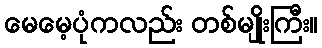
မေမေ့ပုံကလည်း တစ်မျိုးကြီး။